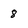
Character: 8